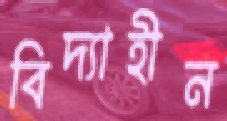
বিদ্যাহীন